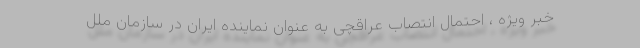
خبر ویژه ، احتمال انتصاب عراقچی به عنوان نماینده ایران در سازمان ملل